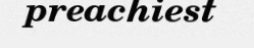
preachiest